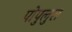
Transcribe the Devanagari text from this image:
पोपुलुस